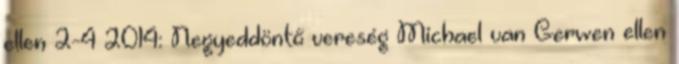
ellen 2-4 2014: Negyeddöntő vereség Michael van Gerwen ellen